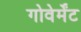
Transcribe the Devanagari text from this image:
गोवेर्मेंट